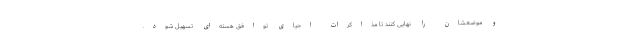
و موضعشان را نهایی کنند تا مذاکرات احیای توافق هسته‌ای تسهیل شود.